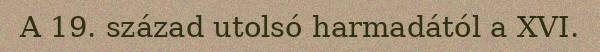
A 19. század utolsó harmadától a XVI.